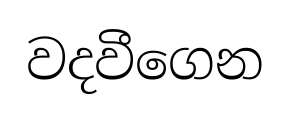
වදවීගෙන